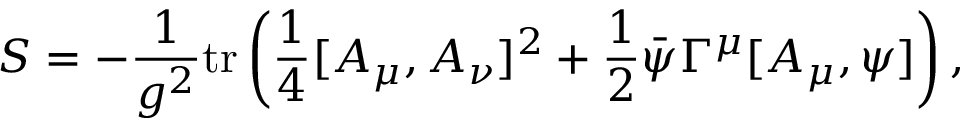
S = - \frac { 1 } { g ^ { 2 } } \mathrm { t r } \left( \frac { 1 } { 4 } [ A _ { \mu } , A _ { \nu } ] ^ { 2 } + \frac { 1 } { 2 } \bar { \psi } \Gamma ^ { \mu } [ A _ { \mu } , \psi ] \right) ,